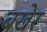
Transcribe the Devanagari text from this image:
बखेर